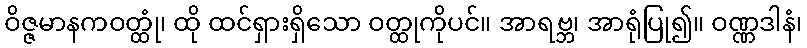
ဝိဇ္ဇမာနကဝတ္ထုံ၊ ထို ထင်ရှားရှိသော ဝတ္ထုကိုပင်။ အာရဗ္ဘ၊ အာရုံပြု၍။ ဝဏ္ဏဒါနံ၊